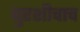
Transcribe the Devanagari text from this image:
बुरशीचाच